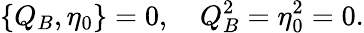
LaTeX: \{ Q_{B},\eta_{0}\} =0,\quad Q_{B}^{2}=\eta_{0}^{2}=0.